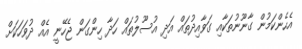
އެހެންކަމުން ގާނޫނުތަކާއި ގަވާއިދުތައް އަދި އުސޫލުތައް ހަދާ ހިންގަން ޖެހޭނީ އެއް ދުވަހަކަށް